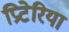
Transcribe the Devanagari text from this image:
प्रिटेरिया